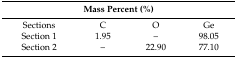
<table><thead><tr><td colspan="4"><b>Mass Percent (%)</b></td></tr></thead><tbody><tr><td>Sections</td><td>C</td><td>O</td><td>Ge</td></tr><tr><td>Section 1</td><td>1.95</td><td>–</td><td>98.05</td></tr><tr><td>Section 2</td><td>–</td><td>22.90</td><td>77.10</td></tr></tbody></table>